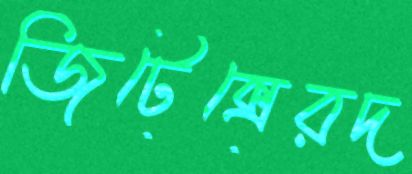
জিটেক্সেরদ